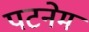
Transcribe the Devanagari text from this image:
पटनेम